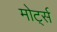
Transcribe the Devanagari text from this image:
मोर्ट्स